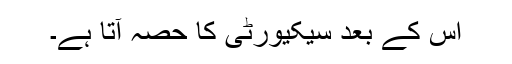
اس کے بعد سیکیورٹی کا حصہ آتا ہے۔